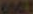
6001